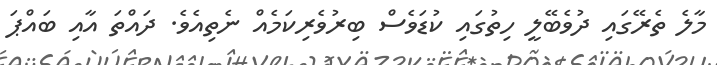
މާލެ ތެރޭގައި ދުވެބޭލީ ހިތުގައި ކުޑަވެސް ބިރުވެރިކަމެއް ނެތިއެވެ. ދައްތަ އާއި ބައްޕަ